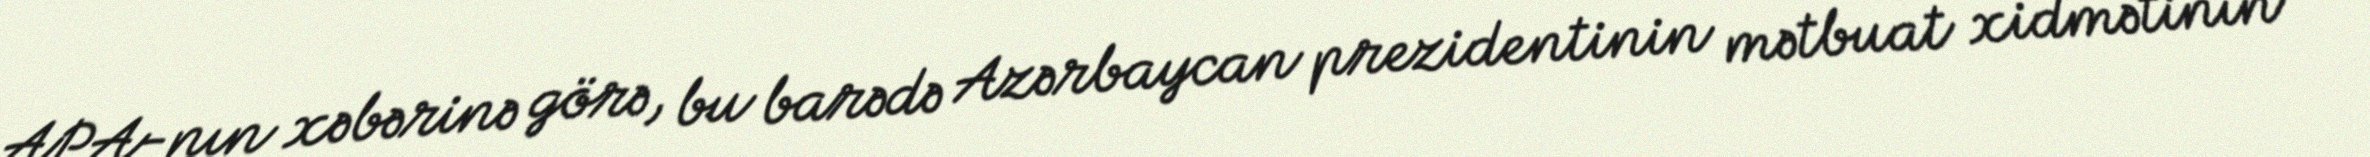
APA-nın xəbərinə görə, bu barədə Azərbaycan prezidentinin mətbuat xidmətinin